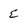
Character: E